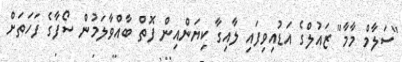
"ސަލާމް މާމާ" ޒައުލްގެ އަޑުއިވިފައި ލާއިގާ ކިޔަންއިން ފޮތް ބާއްވާލަމުން ސޯފާގެ ފަހަތަށް